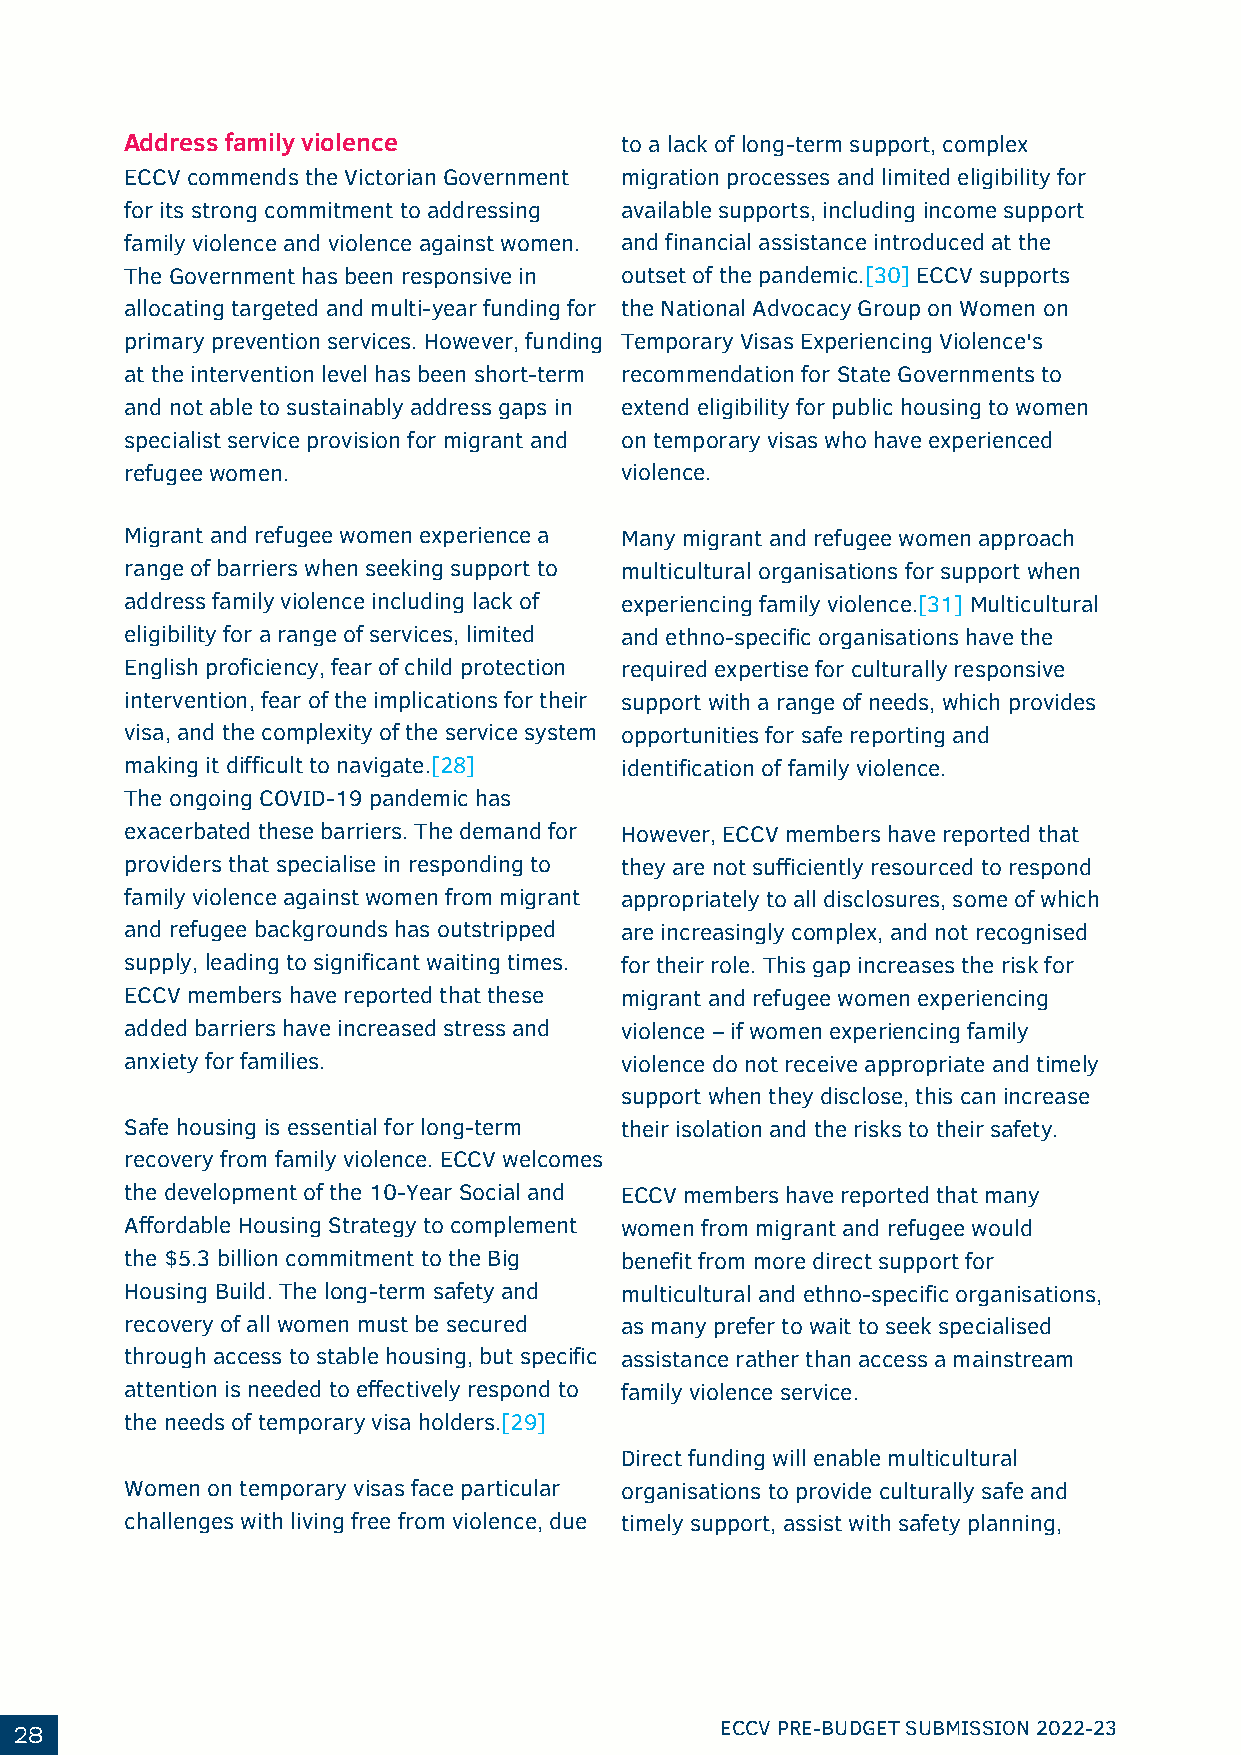
Address family violence          to a lack of long-term support, complex
 ECCV commends the Victorian Government migration processes and limited eligibility for
 for its strong commitment to addressing available supports, including income support
 family violence and violence against women. and financial assistance introduced at the
 The Government has been responsive in outset of the pandemic.[30] ECCV supports
 allocating targeted and multi-year funding for the National Advocacy Group on Women on
 primary prevention services. However, funding Temporary Visas Experiencing Violence's
 at the intervention level has been short-term recommendation for State Governments to
 and not able to sustainably address gaps in extend eligibility for public housing to women
 specialist service provision for migrant and on temporary visas who have experienced
 refugee women.                   violence.
 Migrant and refugee women experience a Many migrant and refugee women approach
 range of barriers when seeking support to multicultural organisations for support when
 address family violence including lack of experiencing family violence.[31] Multicultural
 eligibility for a range of services, limited and ethno-specific organisations have the
 English proficiency, fear of child protection required expertise for culturally responsive
 intervention, fear of the implications for their support with a range of needs, which provides
 visa, and the complexity of the service system opportunities for safe reporting and
 making it difficult to navigate.[28] identification of family violence.
 The ongoing COVID-19 pandemic has
 exacerbated these barriers. The demand for However, ECCV members have reported that
 providers that specialise in responding to they are not sufficiently resourced to respond
 family violence against women from migrant appropriately to all disclosures, some of which
 and refugee backgrounds has outstripped are increasingly complex, and not recognised
 supply, leading to significant waiting times. for their role. This gap increases the risk for
 ECCV members have reported that these migrant and refugee women experiencing
 added barriers have increased stress and violence – if women experiencing family
 anxiety for families.            violence do not receive appropriate and timely
 support when they disclose, this can increase
 Safe housing is essential for long-term their isolation and the risks to their safety.
 recovery from family violence. ECCV welcomes
 the development of the 10-Year Social and ECCV members have reported that many
 Affordable Housing Strategy to complement women from migrant and refugee would
 the $5.3 billion commitment to the Big benefit from more direct support for
 Housing Build. The long-term safety and multicultural and ethno-specific organisations,
 recovery of all women must be secured as many prefer to wait to seek specialised
 through access to stable housing, but specific assistance rather than access a mainstream
 attention is needed to effectively respond to family violence service.
 the needs of temporary visa holders.[29]
 Direct funding will enable multicultural
 Women on temporary visas face particular organisations to provide culturally safe and
 challenges with living free from violence, due timely support, assist with safety planning,
 28                                             ECCV PRE-BUDGET SUBMISSION 2022-23